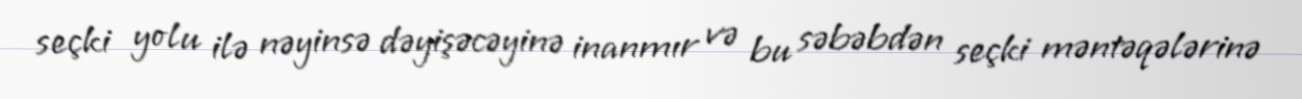
seçki yolu ilə nəyinsə dəyişəcəyinə inanmır və bu səbəbdən seçki məntəqələrinə